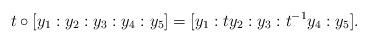
LaTeX: \begin{align*} t\circ[y_1:y_2:y_3:y_4:y_5] = [y_1:ty_2:y_3:t^{-1}y_4:y_5]. \end{align*}